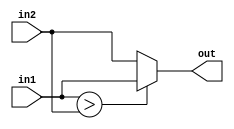
module f3_test_8 (in1, in2, out);
input  in1, in2;
output  reg out;
always @ ( in1 or in2)
	if(in1 > in2)
		out = in1;
	else
		out = in2;
endmodule